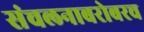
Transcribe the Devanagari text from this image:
संचलनाबरोबरच